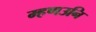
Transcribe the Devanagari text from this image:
म्हणउनि